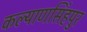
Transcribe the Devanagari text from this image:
कल्याणसिंहपुर